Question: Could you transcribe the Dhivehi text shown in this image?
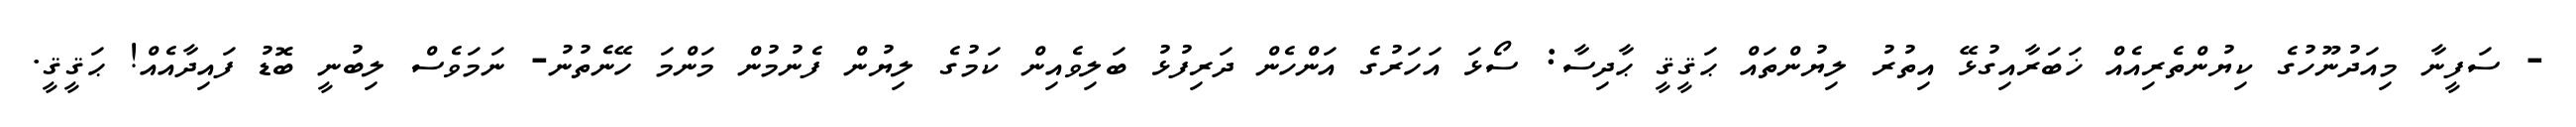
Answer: - ސަފީނާ މިއަދުނޫހުގެ ކިޔުންތެރިއެއް ޚަބަރާއިގުޅޭ އިތުރު ލިޔުންތައް ޙަޤީޤީ ޙާދިސާ: ސޯޅަ އަހަރުގެ އަންހެން ދަރިފުޅު ބަލިވެއިން ކަމުގެ ލިޔުން ފެނުމުން މަންމަ ހޭނެތުނު- ނަމަވެސް ލިބުނީ ބޮޑު ފައިދާއެއް! ޙަޤީޤީ.